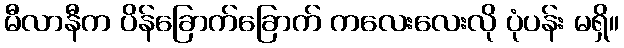
မီလာနီက ပိန်ခြောက်ခြောက် ကလေးလေးလို ပုံပန်း မရှိ။